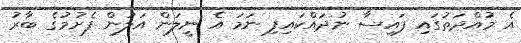
އެ މުއްދަތުގައި ފައިސާ ނުދައްކައިފި ނަމަ އެ ނީލަން އަލުން ފެށުމުގެ ބާރު